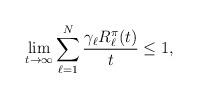
LaTeX: \begin{align*} \lim_{t\to\infty}\sum_{\ell=1}^{N}\frac{\gamma_\ell R_\ell^\pi(t)}{t}\le 1, \ \ \end{align*}